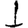
Digit: 1